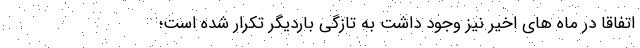
اتفاقا در ماه های اخیر نیز وجود داشت به تازگی باردیگر تکرار شده است؛